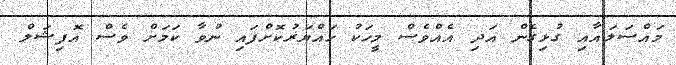
މައްސަލައާއި ގުޅިގެން އަދި އެއްވެސް މީހަކު ހައްޔަރުކޮށްފައި ނުވާ ކަމަށް ވެސް އޮފިޝަލް